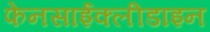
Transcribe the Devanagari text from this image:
फेनसाईक्लीडाइन